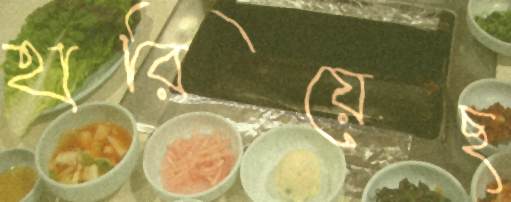
হারিয়েছ